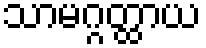
သာမဂ္ဂတ္ထာယ